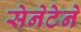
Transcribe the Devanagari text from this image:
सेनेटेने